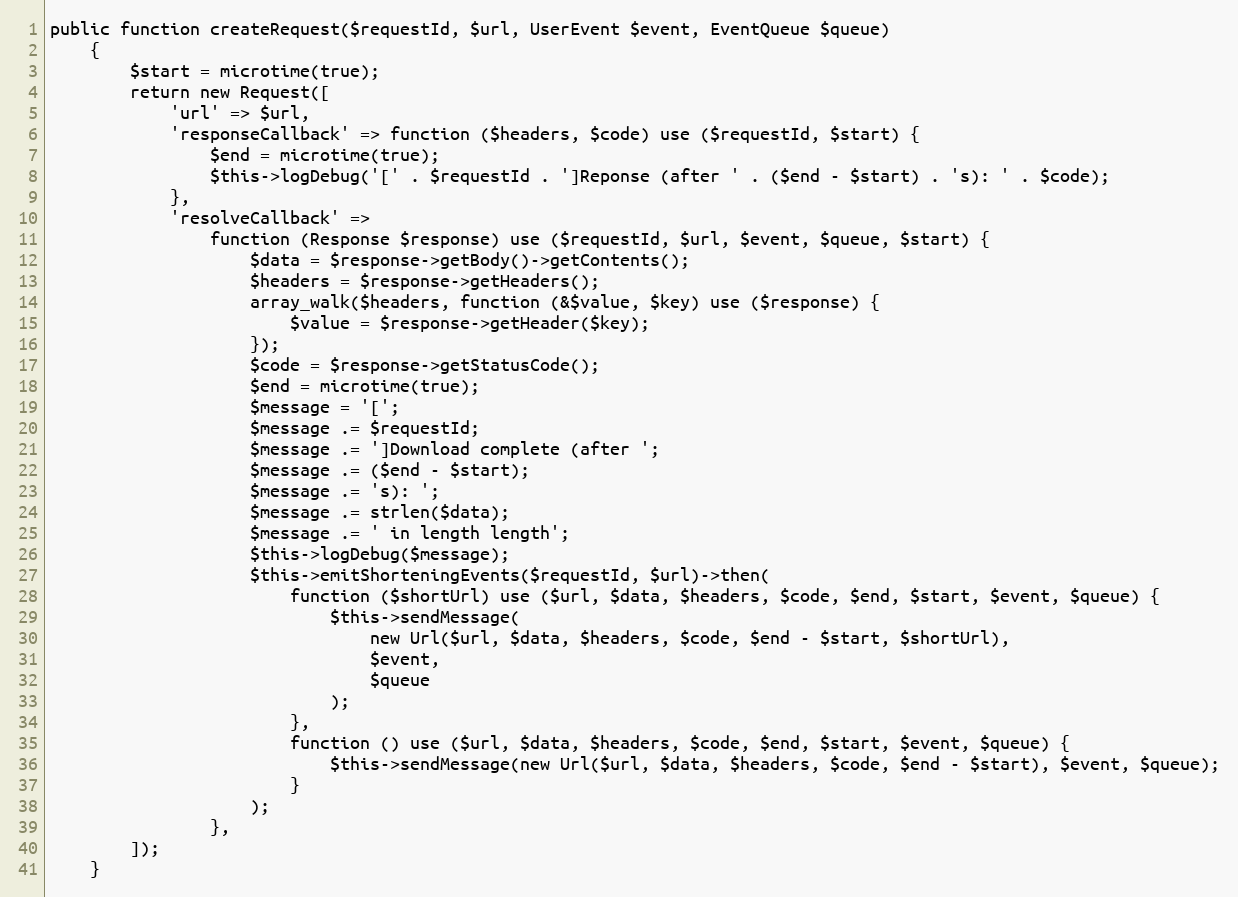
Language: PHP
public function createRequest($requestId, $url, UserEvent $event, EventQueue $queue)
    {
        $start = microtime(true);
        return new Request([
            'url' => $url,
            'responseCallback' => function ($headers, $code) use ($requestId, $start) {
                $end = microtime(true);
                $this->logDebug('[' . $requestId . ']Reponse (after ' . ($end - $start) . 's): ' . $code);
            },
            'resolveCallback' =>
                function (Response $response) use ($requestId, $url, $event, $queue, $start) {
                    $data = $response->getBody()->getContents();
                    $headers = $response->getHeaders();
                    array_walk($headers, function (&$value, $key) use ($response) {
                        $value = $response->getHeader($key);
                    });
                    $code = $response->getStatusCode();
                    $end = microtime(true);
                    $message = '[';
                    $message .= $requestId;
                    $message .= ']Download complete (after ';
                    $message .= ($end - $start);
                    $message .= 's): ';
                    $message .= strlen($data);
                    $message .= ' in length length';
                    $this->logDebug($message);
                    $this->emitShorteningEvents($requestId, $url)->then(
                        function ($shortUrl) use ($url, $data, $headers, $code, $end, $start, $event, $queue) {
                            $this->sendMessage(
                                new Url($url, $data, $headers, $code, $end - $start, $shortUrl),
                                $event,
                                $queue
                            );
                        },
                        function () use ($url, $data, $headers, $code, $end, $start, $event, $queue) {
                            $this->sendMessage(new Url($url, $data, $headers, $code, $end - $start), $event, $queue);
                        }
                    );
                },
        ]);
    }